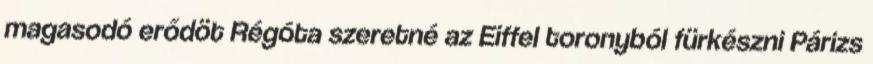
magasodó erődöt Régóta szeretné az Eiffel toronyból fürkészni Párizs